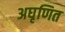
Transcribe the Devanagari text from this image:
अघृणित